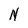
Character: N